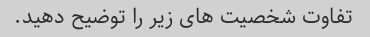
تفاوت شخصیت های زیر را توضیح دهید.